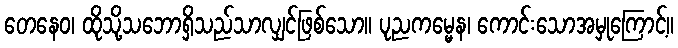
တေနေဝ၊ ထိုသို့သဘောရှိသည်သာလျှင်ဖြစ်သော။ ပုညကမ္မေန၊ ကောင်းသောအမှုကြောင့်။